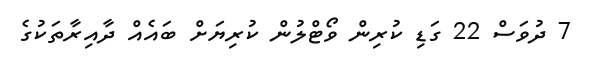
7 ދުވަސް 22 ގަޑި ކުރިން ވޯޓްލުން ކުރިޔަށް ބައެއް ދާއިރާތަކުގެ